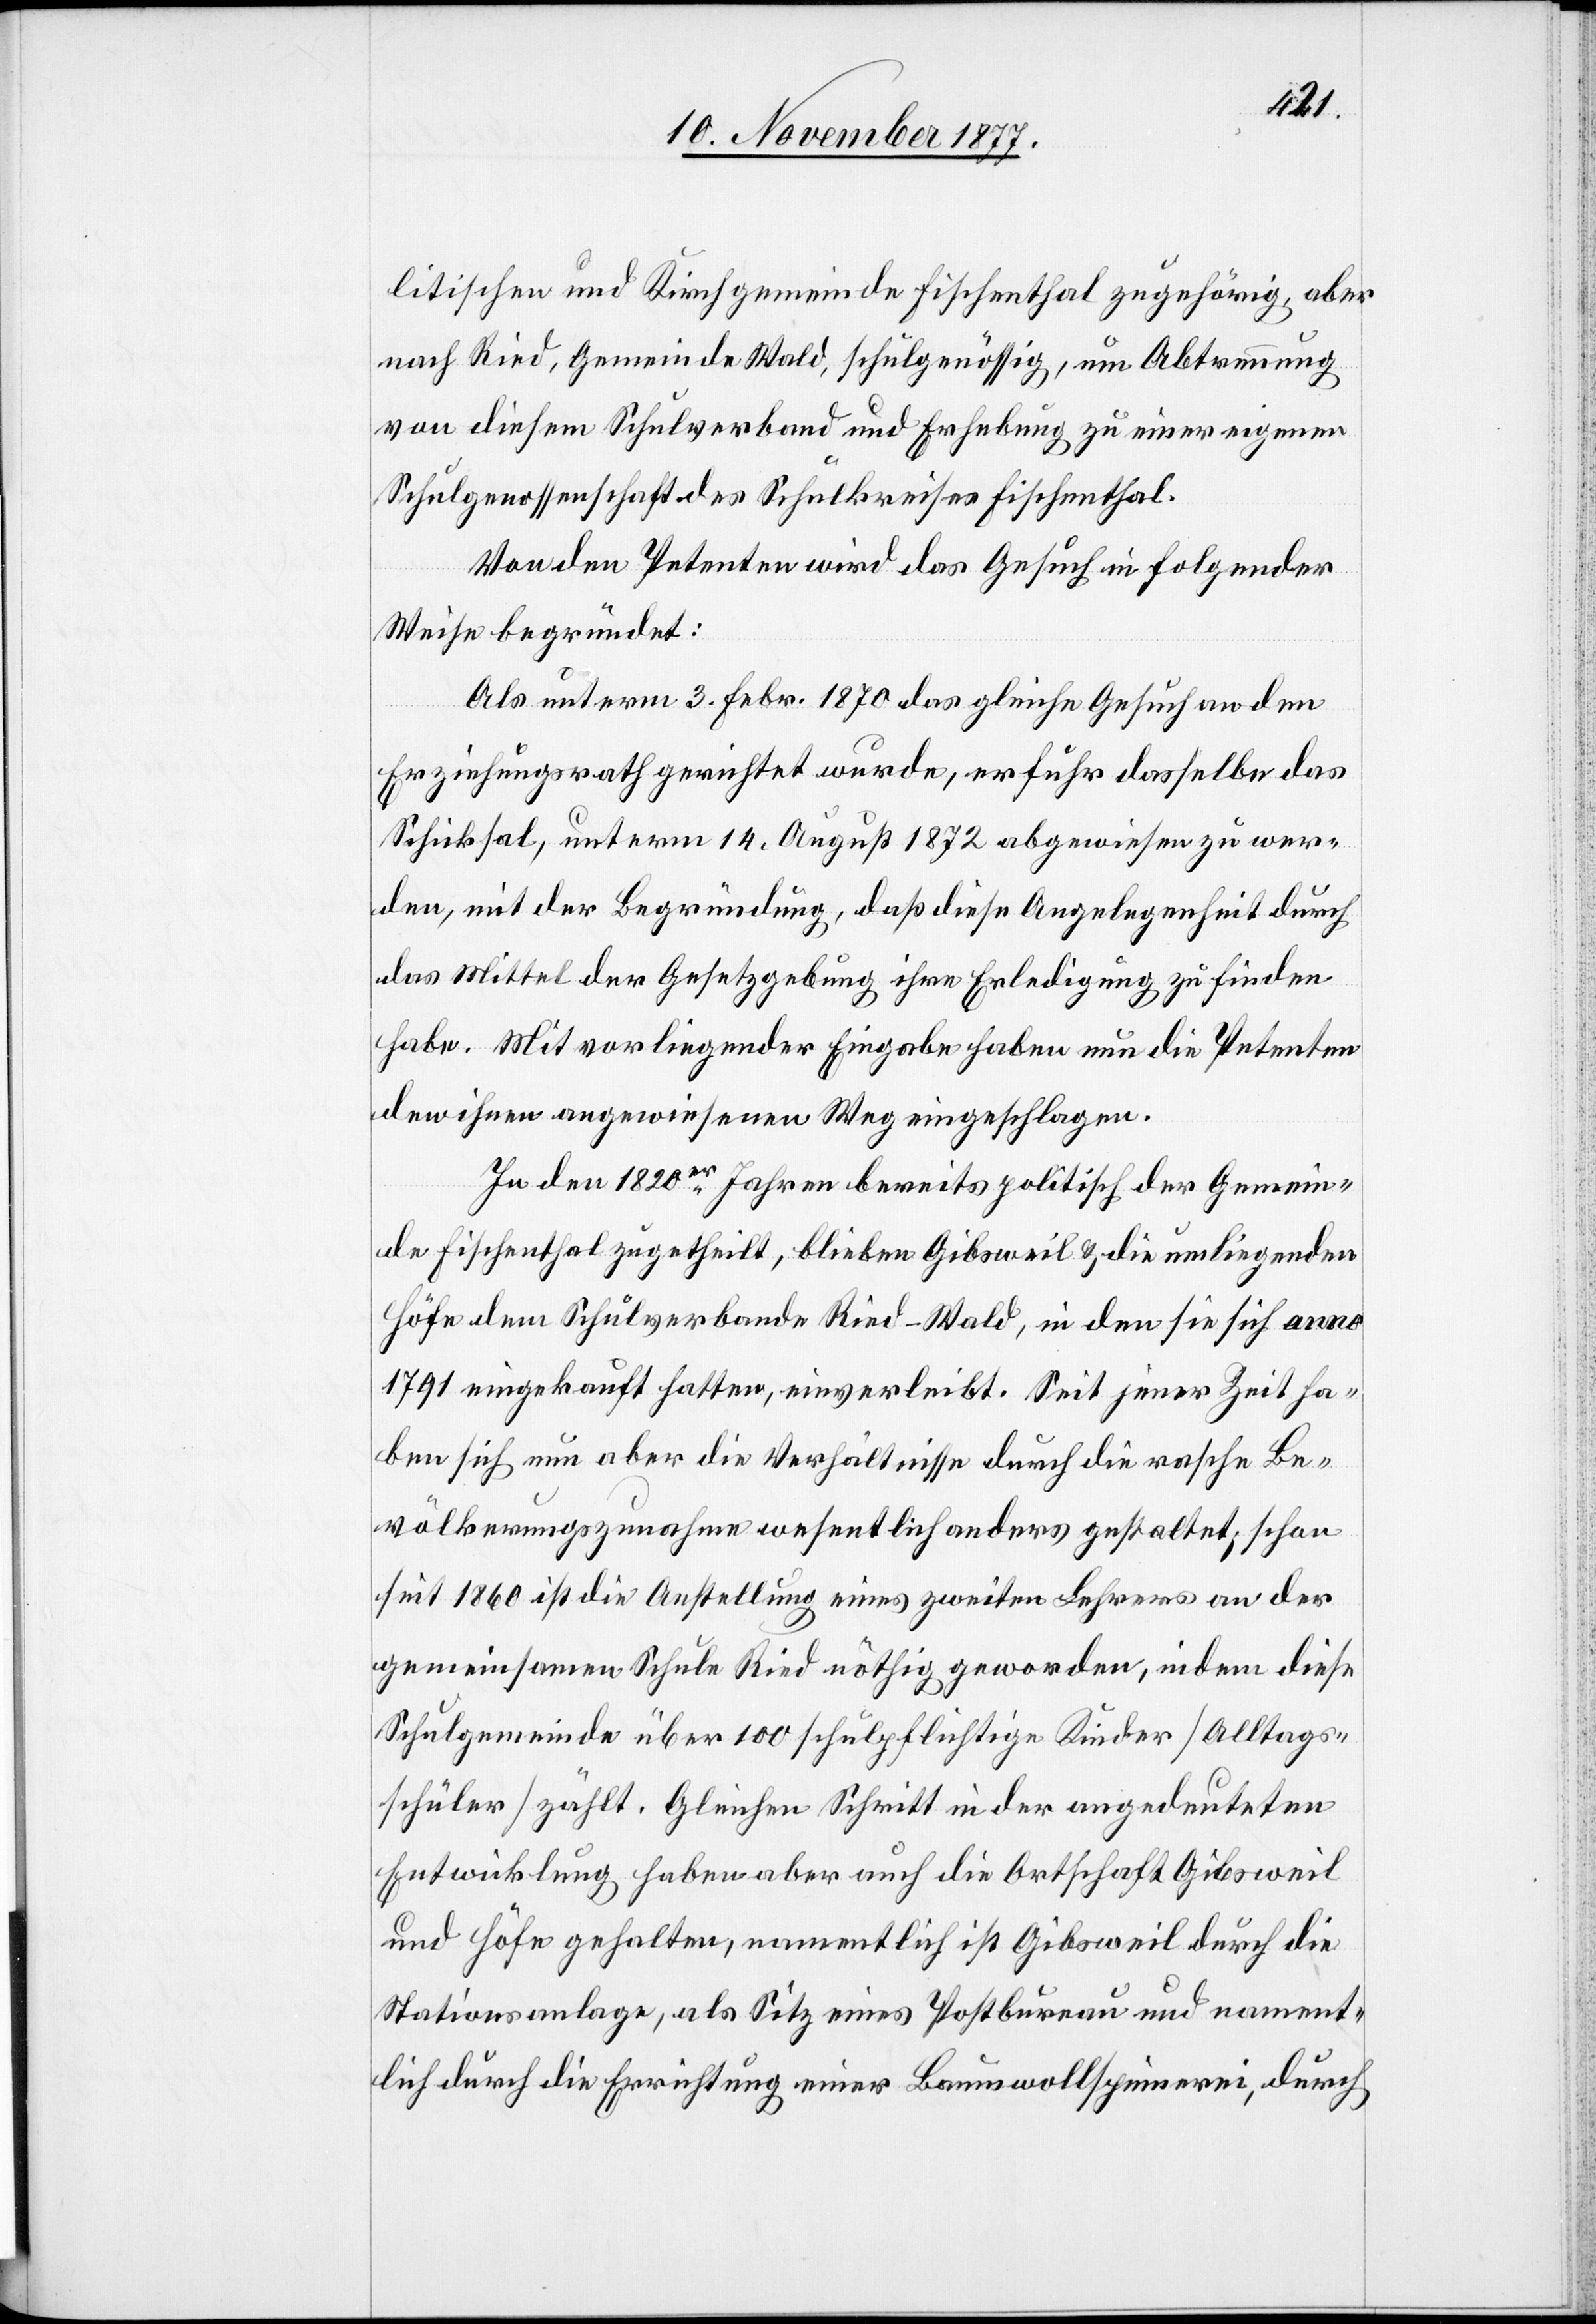
litischen und Kirchgemeinde Fischenthal zugehörig, aber
nach Ried, Gemeinde Wald, schulgenössig, um Abtrennung
von diesem Schulverband und Erhebung zu einer eigenen
Schulgenossenschaft des Schulkreises Fischenthal.
Von den Petenten wird das Gesuch in folgender
Weise begründet:
Als unterm 3. Febr. 1870 das gleiche Gesuch an den
Erziehungsrath gerichtet wurde, erfuhr dasselbe das
Schicksal, unterm 14. August 1872 abgewiesen zu wer¬
den, mit der Begründung, daß diese Angelegenheit durch
das Mittel der Gesetzgebung ihre Erledigung zu finden
habe. Mit vorliegender Eingabe haben nun die Petenten
den ihnen angewiesenen Weg eingeschlagen.
In den 1820er Jahren bereits politisch der Gemein¬
de Fischenthal zugetheilt, blieben Gibsweil & die umliegenden
Höfe dem Schulverbande Ried - Wald, in den sie sich anno
1791 eingekauft hatten, einverleibt. Seit jener Zeit ha¬
ben sich nun aber die Verhältnisse durch die rasche Be¬
völkerungszunahme wesentlich anders gestaltet; schon
seit 1860 ist die Anstellung eines zweiten Lehrers an der
gemeinsamen Schule Ried nöthig geworden, indem diese
Schulgemeinde über 100 schulpflichtige Kinder [Alltags¬
schüler] zählt. Gleichen Schritt in der angedeuteten
Entwicklung haben aber auch die Ortschaft Gibsweil
und Höfe gehalten, namentlich ist Gibsweil durch die
Stationsanlage, als Sitz eines Postbureau und nament¬
lich durch die Errichtung einer Baumwollspinnerei, durch